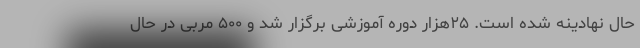
حال نهادینه شده است. ۲۵هزار دوره آموزشی برگزار شد و ۵۰۰ مربی در حال